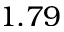
1 . 7 9